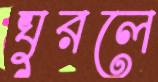
ঘুরলে